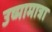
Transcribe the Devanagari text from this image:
उष्मामात्रा